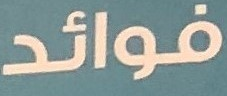
فوائد